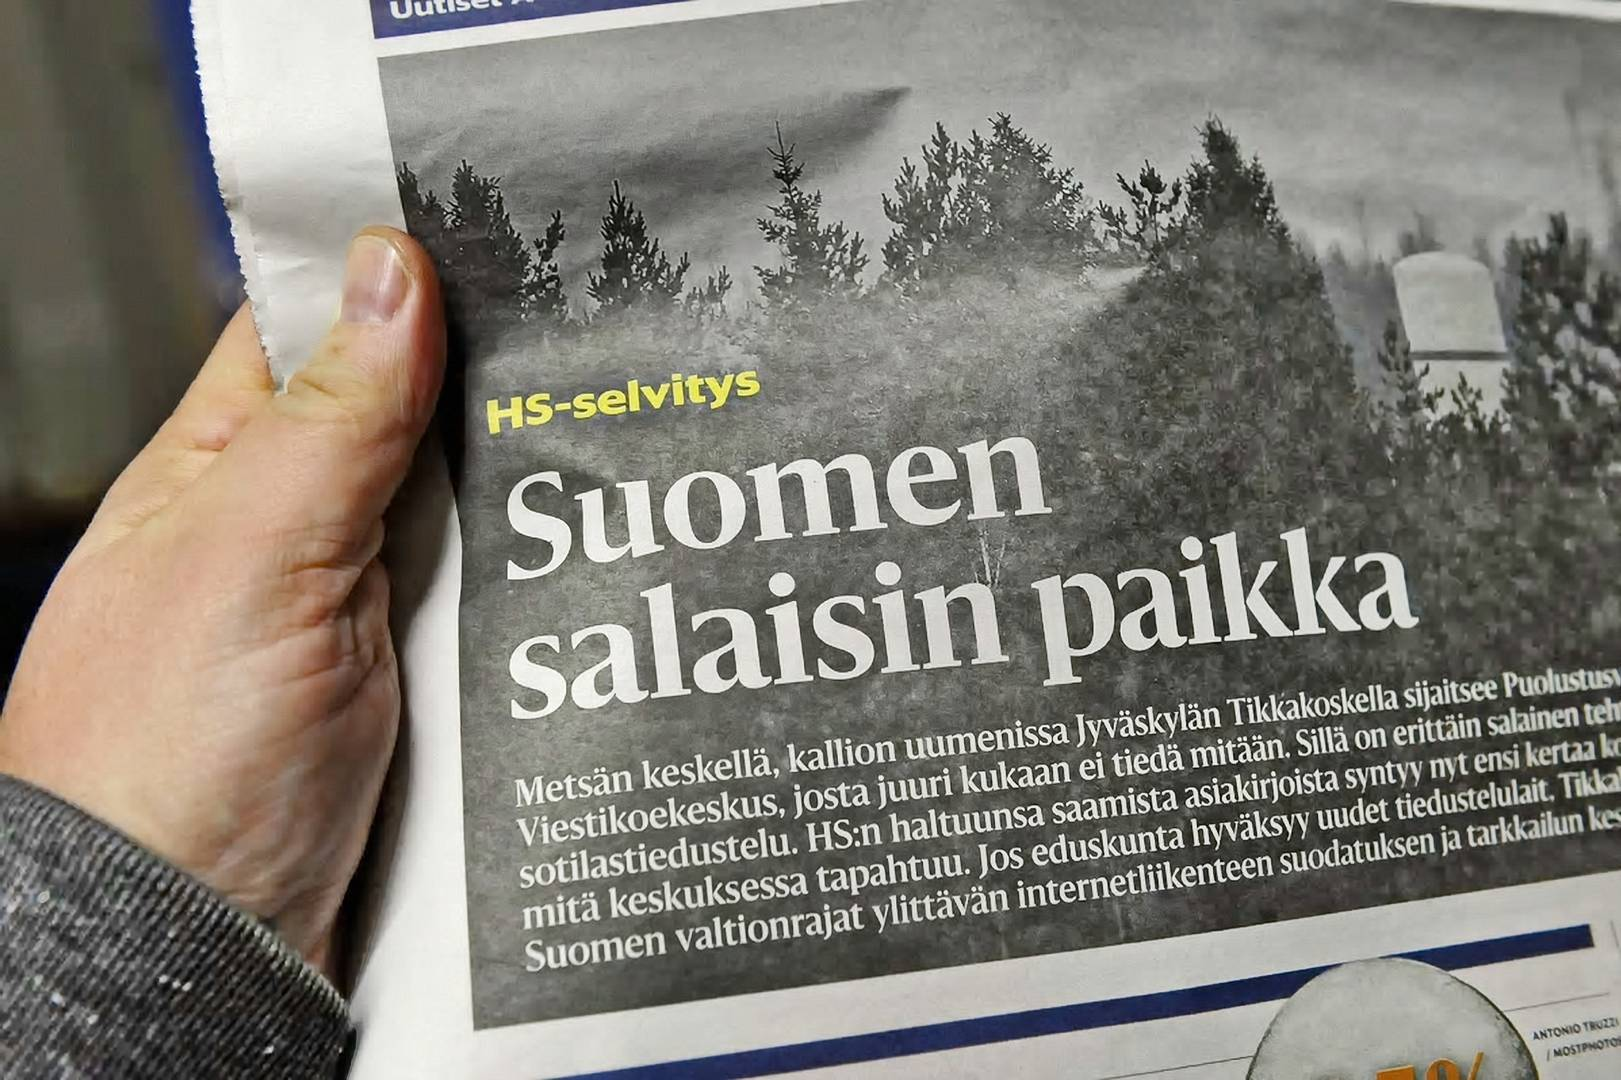
Language: fn